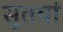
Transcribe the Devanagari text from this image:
सुतवां